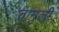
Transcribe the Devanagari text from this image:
तामुली